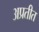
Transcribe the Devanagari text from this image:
अप्रतीत